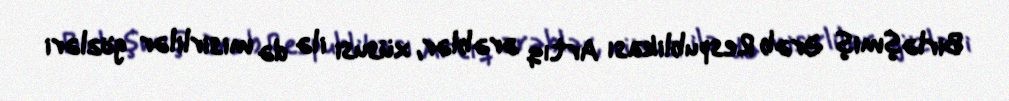
Birləşmiş Ərəb Respublikası Artıq ərəblər, xüsusi ilə də misirlilər gözləri